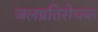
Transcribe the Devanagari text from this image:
जलप्रतिरोधक